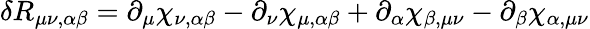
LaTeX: \delta R_{\mu\nu,\alpha\beta}=\partial_{\mu}\chi_{\nu,\alpha\beta}-\partial_{\nu}\chi_{\mu,\alpha\beta}+\partial_{\alpha}\chi_{\beta,\mu\nu}-\partial_{\beta}\chi_{\alpha,\mu\nu}